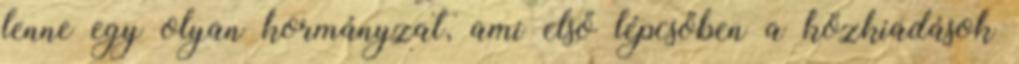
lenne egy olyan kormányzat, ami első lépcsőben a közkiadások